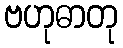
ဗဟုဓာတု